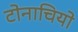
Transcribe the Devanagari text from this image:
टोनाचियो